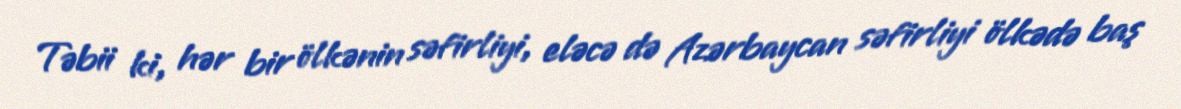
Təbii ki, hər bir ölkənin səfirliyi, eləcə də Azərbaycan səfirliyi ölkədə baş